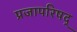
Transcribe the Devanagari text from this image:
प्रजापरिषद्